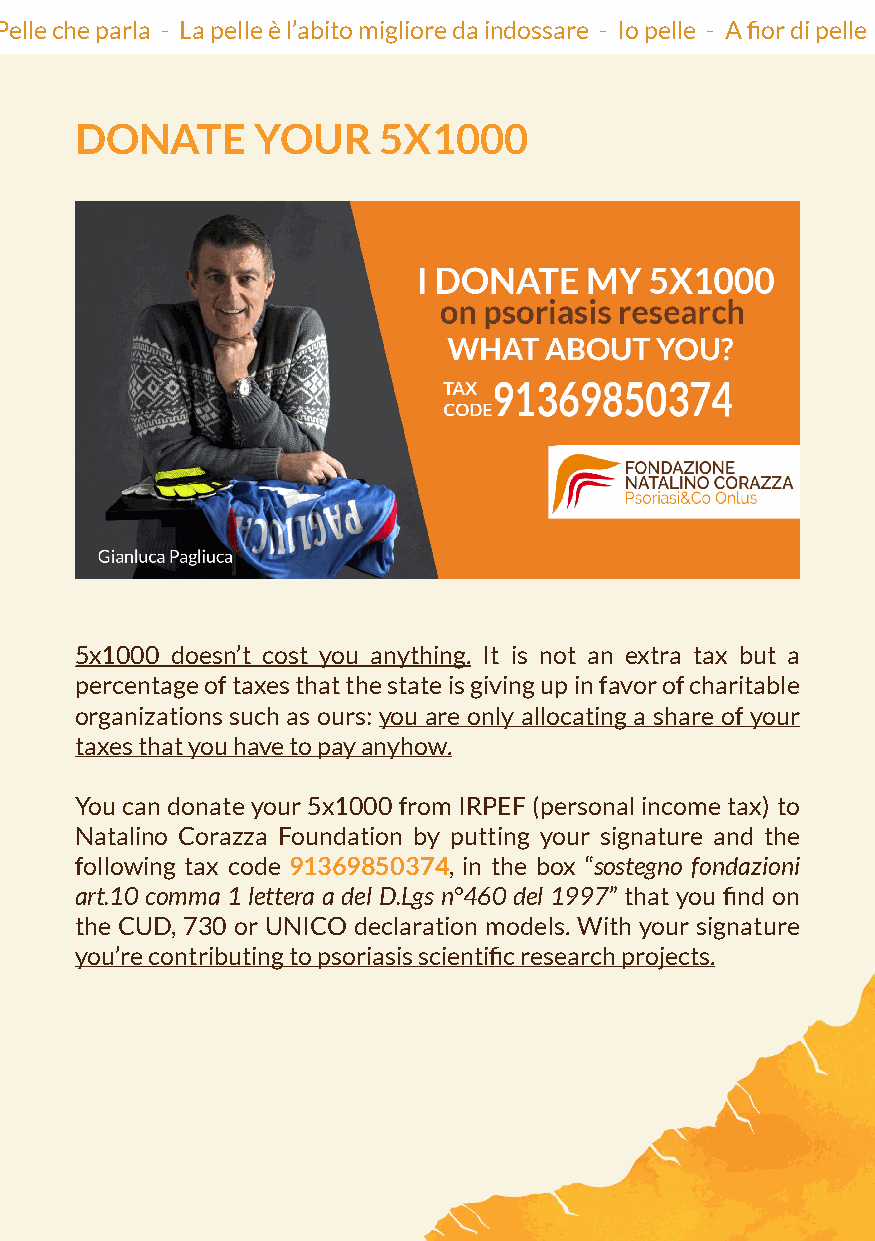
Io pelle - A fior di pelle - A pelle nuda - Racconti di pelle - Il profondo è la pelle - La pelle come metafora di vita - Pelle che parla - La pelle è l’abito migliore da indossare - Io pelle - A fior di pelle - A
 DONATE      YOUR    5X1000
 5x1000 doesn’t cost you anything. It is not an extra tax but a
 percentage of taxes that the state is giving up in favor of charitable
 organizations such as ours: you are only allocating a share of your
 taxes that you have to pay anyhow.
 You can donate your 5x1000 from IRPEF (personal income tax) to
 Natalino Corazza Foundation by putting your signature and the
 following tax code 91369850374, in the box “sostegno fondazioni
 art.10 comma 1 lettera a del D.Lgs n°460 del 1997” that you find on
 the CUD, 730 or UNICO declaration models. With your signature
 you’re contributing to psoriasis scientific research projects.